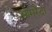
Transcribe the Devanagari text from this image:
ओमरेंदा